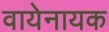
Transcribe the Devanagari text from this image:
वायेनायक